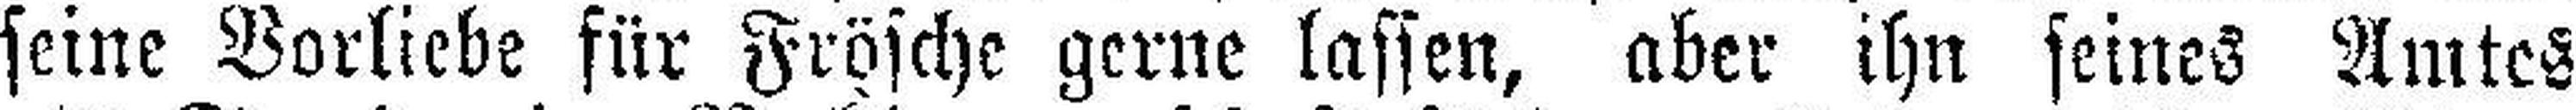
seine Vorliebe für Frösche gerne lassen, aber ihn seines Amtes